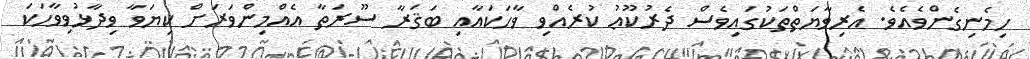
ހިމެނިގެންވެއެވެ. އެރިވާޔަތްތަކުގައިވެސް ދެރުކޫޢު ކުރެއްވި ވާހަކައާއި ބަޤަރާ ސޫރަތާ އެއްމިންވަރަށް ކިޔަވާ ވިދާޅުވިވާހަކަ